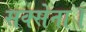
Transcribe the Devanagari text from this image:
सक्सेना।